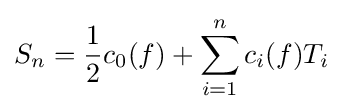
S_{n}={\frac {1}{2}}c_{0}(f)+\sum _{i=1}^{n}c_{i}(f)T_{i}